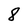
Character: 8